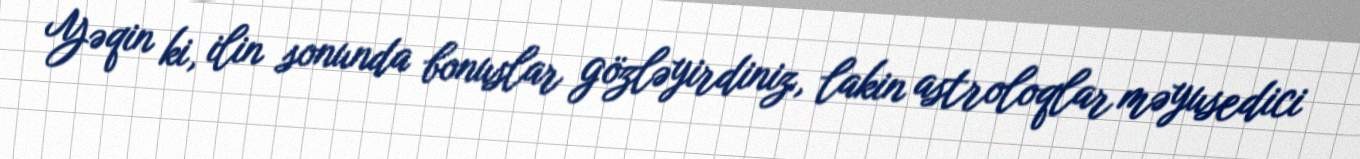
Yəqin ki, ilin sonunda bonuslar gözləyirdiniz, lakin astroloqlar məyusedici